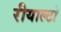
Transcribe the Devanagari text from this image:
रीयाल्टो